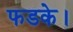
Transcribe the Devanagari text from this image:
फडके।